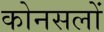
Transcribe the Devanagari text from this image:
कोनसलों